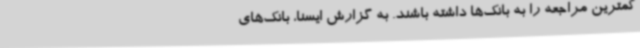
کمترین مراجعه را به بانک‌ها داشته باشند. به گزارش ایسنا، بانک‌های